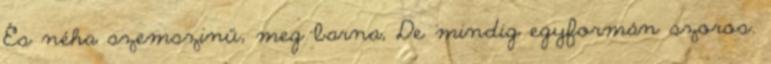
És néha szemszinű, meg barna, De mindig egyformán szoros.